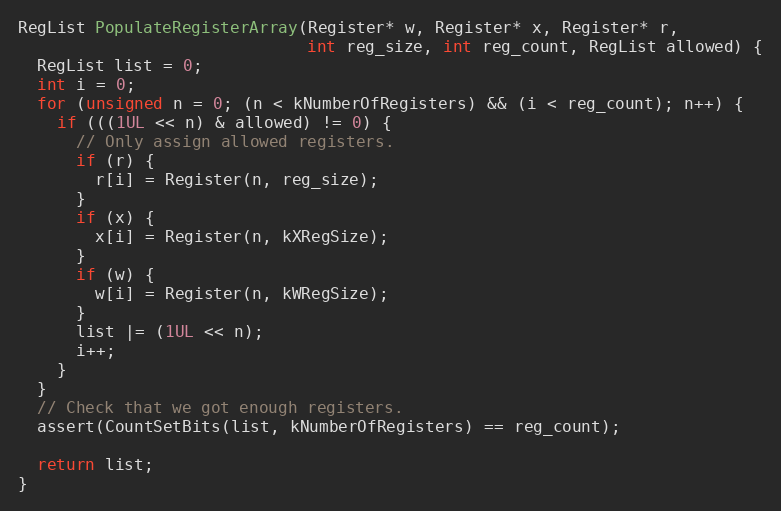
Language: C++
RegList PopulateRegisterArray(Register* w, Register* x, Register* r,
                              int reg_size, int reg_count, RegList allowed) {
  RegList list = 0;
  int i = 0;
  for (unsigned n = 0; (n < kNumberOfRegisters) && (i < reg_count); n++) {
    if (((1UL << n) & allowed) != 0) {
      // Only assign allowed registers.
      if (r) {
        r[i] = Register(n, reg_size);
      }
      if (x) {
        x[i] = Register(n, kXRegSize);
      }
      if (w) {
        w[i] = Register(n, kWRegSize);
      }
      list |= (1UL << n);
      i++;
    }
  }
  // Check that we got enough registers.
  assert(CountSetBits(list, kNumberOfRegisters) == reg_count);

  return list;
}